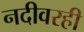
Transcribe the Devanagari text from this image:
नदीवरही